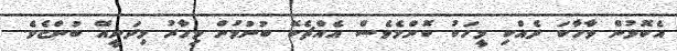
އެކޮޅުން ވާހާކަ ދެއްކި މީހަކު ކޮންމެވެސް އެއްޗެކޭ ބުނުމުން މިހާރު މިދަނީއޭ ބުންޏެވެ.